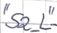
Text: "S2_L"